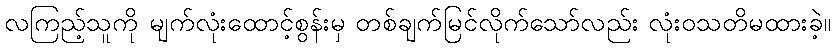
လကြည့်သူကို မျက်လုံးထောင့်စွန်းမှ တစ်ချက်မြင်လိုက်သော်လည်း လုံးဝသတိမထားခဲ့။